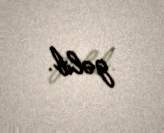
gəlib.